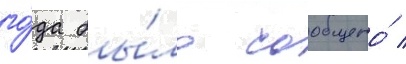
го́да бы́ло сообщено́ /